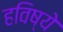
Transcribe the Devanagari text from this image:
हविष्ये